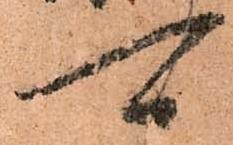
可